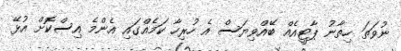
ނުވަތަ ހިތާނު ޕާޓީއެއް ބޭއްވިޔަސް އެ ހުރިހާ ކަމެއްގައި އެންމެ އިސްކޮށް އުޅޭ